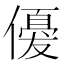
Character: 𬿲